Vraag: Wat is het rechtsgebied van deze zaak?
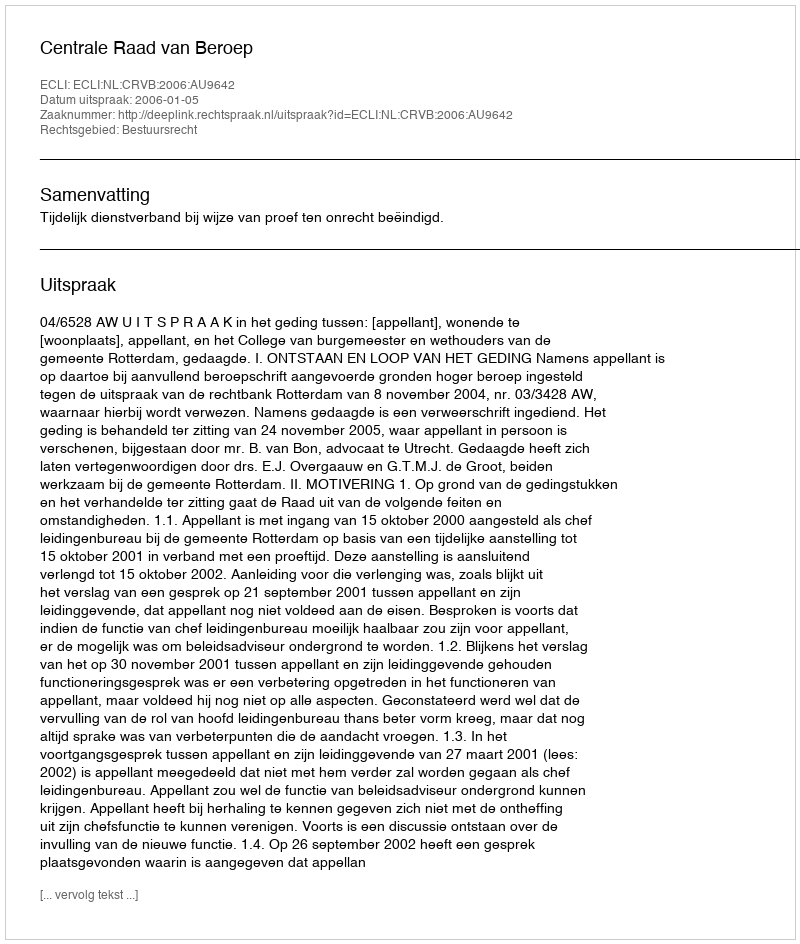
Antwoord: Bestuursrecht